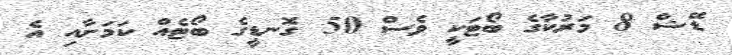
ޑޭޝް 8 މަރުކާގެ ބޯޓަކީ ވެސް 50 ގޮނޑީގެ ބޯޓެއް ކަމަށާއި އެ